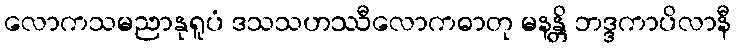
လောကသမညာနုရူပံ ဒသသဟဿီလောကဓာတု မနန္တိ ဘဒ္ဒကာပိလာနီ